Indian journal of veterinary science and animal husbandry - Volume 6,
Year: 1936
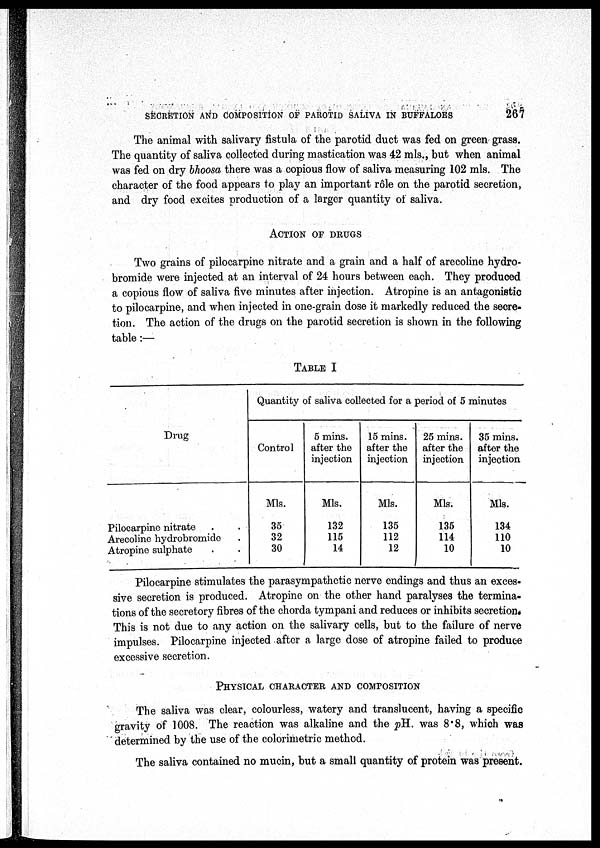
SECRETION AND COMPOSITION OF PAROTID SALIVA IN BUFFALOES
267
The animal with salivary fistula of the parotid duct was fed on green grass.
The quantity of saliva collected during mastication was 42 mls., but when animal
was fed on dry bhoosa there was a copious flow of saliva measuring 102 mls. The
character of the food appears to play an important rôle on the parotid secretion,
and dry food excites production of a larger quantity of saliva.
ACTION OF DRUGS
Two grains of pilocarpine nitrate and a grain and a half of arecoline hydro-
bromide were injected at an interval of 24 hours between each. They produced
a copious flow of saliva five minutes after injection. Atropine is an antagonistic
to pilocarpine, and when injected in one-grain dose it markedly reduced the secre-
tion. The action of the drugs on the parotid secretion is shown in the following
table :—
TABLE I
Drug
Pilocarpine nitrate . .
Arecoline hydrobromide .
Atropine sulphate . . .
Quantity of saliva collected for a period of 5 minutes
Control
Mls.
35
32
30
5 mins.
after the
injection
Mls.
132
115
14
15 mins.
after the
injection
Mls.
135
112
12
25 mins.
after the
injection
Mls.
135
114
10
35 mins.
after the
injection
Mls.
134
110
10
Pilocarpine stimulates the parasympathetic nerve endings and thus an exces-
sive secretion is produced. Atropine on the other hand paralyses the termina-
tions of the secretory fibres of the chorda tympani and reduces or inhibits secretion.
This is not due to any action on the salivary cells, but to the failure of nerve
impulses. Pilocarpine injected after a large dose of atropine failed to produce
excessive secretion.
PHYSICAL CHARACTER AND COMPOSITION
The saliva was clear, colourless, watery and translucent, having a specific
gravity of 1008. The reaction was alkaline and the pH. was 8.8, which was
determined by the use of the colorimetric method.
The saliva contained no mucin, but a small quantity of protein was present.